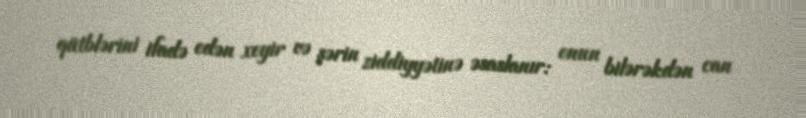
qütblərini ifadə edən xeyir və şərin ziddiyyətinə əsaslanır: onun bilərəkdən can